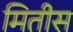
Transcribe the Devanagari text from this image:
मितीस